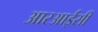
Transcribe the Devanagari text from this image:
आरआईसी